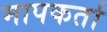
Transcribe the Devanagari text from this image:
मापकर्ता